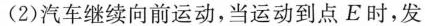
(2)汽车继续向前运动，当运动到点E时，发